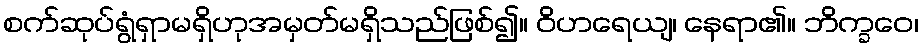
စက်ဆုပ်ရွံရှာမရှိဟုအမှတ်မရှိသည်ဖြစ်၍။ ဝိဟရေယျ၊ နေရာ၏။ ဘိက္ခဝေ၊